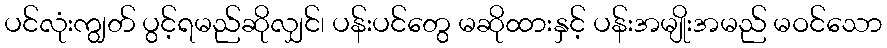
ပင်လုံးကျွတ် ပွင့်ရမည်ဆိုလျှင်၊ ပန်းပင်တွေ မဆိုထားနှင့် ပန်းအမျိုးအမည် မဝင်သော